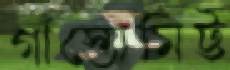
গাঁস্তোমিট্ট